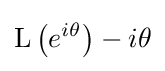
\operatorname {L} \left(e^{i\theta }\right)-i\theta